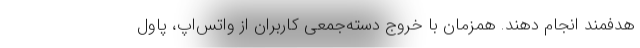
هدفمند انجام دهند. همزمان با خروج دسته‌جمعی کاربران از واتس‌اپ، پاول